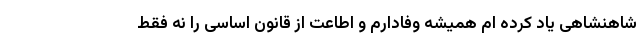
شاهنشاهی یاد کرده ام همیشه وفادارم و اطاعت از قانون اساسی را نه فقط